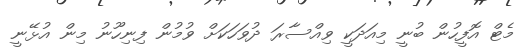
މެޓް އޮފީހުން ބުނީ މިއަދަކީ ވިއްސާރަ ދުވަހަކަށް ވުމުން ފިނިހޫނު މިން އުޅޭނީ